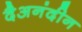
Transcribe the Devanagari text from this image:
दैअनंदीन